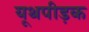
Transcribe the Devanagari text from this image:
यूथपीड़क